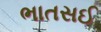
ભાતસઈ